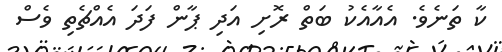
ކާ ތަނެވެ. އެއާއެކު ބަތް ރޮށި އަދި ޕާން ފަދަ އެއްޗެތި ވެސް